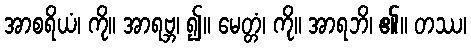
အာစရိယံ၊ ကို။ အာရဗ္ဘ၊ ၍။ မေတ္တံ၊ ကို။ အာရဘိ၊ ၏။ တဿ၊